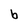
Character: b